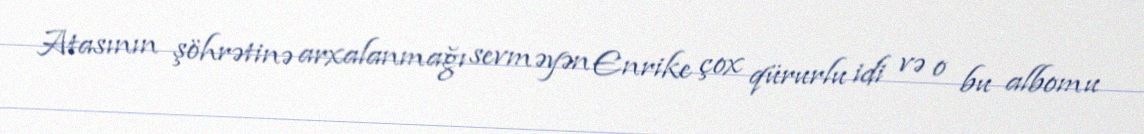
Atasının şöhrətinə arxalanmağı sevməyən Enrike çox qürurlu idi və o bu albomu